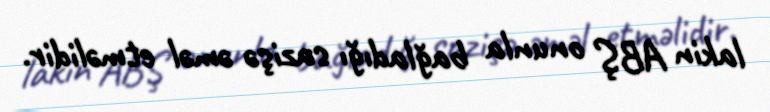
lakin ABŞ onunla bağladığı sazişə əməl etməlidir.